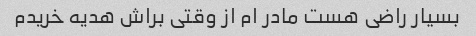
بسیار راضی هست مادر ام از وقتی براش هدیه خریدم